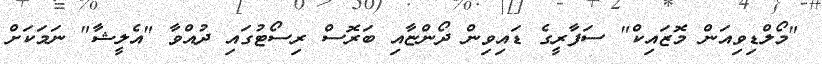
"މޯލްޑިވިއަން މޮޒައިކް" ސަފާރީގެ ޑައިވިން ދޯންޏާއި ބަރޮސް ރިސޯޓުގައި ދުއްވާ "އެލީޝާ" ނަމަކަށް